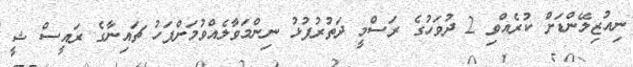
ނިއުޒިލޭންޑަށް ކުރެއްވި 2 ދުވަހުގެ ރަސްމީ ދަތުރުފުޅު ނިންމަވާލެއްވުމަށްފަހު ޗައިނާގެ ރައީސް ޝީ